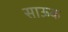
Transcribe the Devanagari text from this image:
साऊक